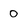
Character: 0